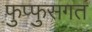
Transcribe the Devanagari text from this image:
फुप्फुसगत